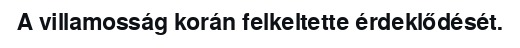
A villamosság korán felkeltette érdeklődését.